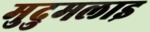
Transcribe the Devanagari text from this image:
मुदुमलाइ